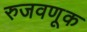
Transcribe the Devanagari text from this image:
रुजवणूक